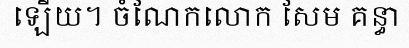
ឡើយ។ ចំណែកលោក សែម គន្ធា